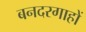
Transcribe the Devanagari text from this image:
बनदरगाहों